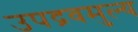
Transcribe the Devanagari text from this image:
उपद्रवमुल्य